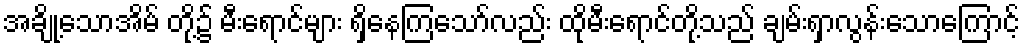
အချို့သောအိမ် တို့၌ မီးရောင်များ ရှိနေကြသော်လည်း ထိုမီးရောင်တို့သည် ချမ်းရှာလွန်းသောကြောင့်